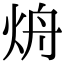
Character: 烐